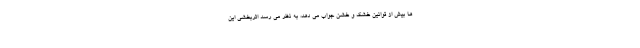
ها بیش از قوانین خشک و خشن جواب می دهد، به نظر می رسد اثربخشی این